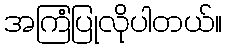
အကြံပြုလိုပါတယ်။